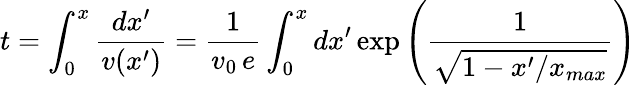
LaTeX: t=\int_{0}^{x}{\frac{dx^{\prime}}{v(x^{\prime})}}={\frac{1}{v_{0}\, e}}\int_{0}^{x}dx^{\prime}\exp\left({\frac{1}{\sqrt{1-x^{\prime}/x_{max}}}}\right)